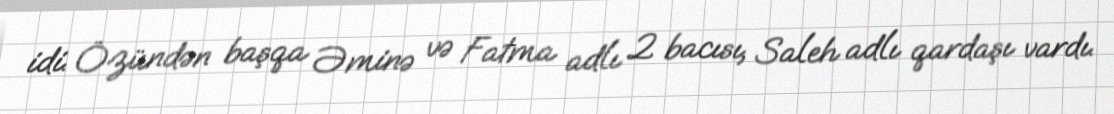
idi. Özündən başqa Əminə və Fatma adlı 2 bacısı, Saleh adlı qardaşı vardı.